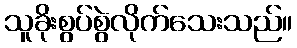
သူခိုးစွပ်စွဲလိုက်သေးသည်။